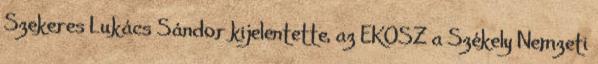
Szekeres Lukács Sándor kijelentette, az EKOSZ a Székely Nemzeti